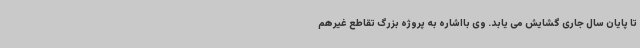
تا پایان سال جاری گشایش می یابد. وی بااشاره به پروژه بزرگ تقاطع غیرهم